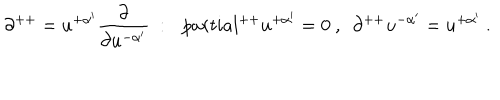
LaTeX: \partial ^ { + + } = u ^ { + \alpha ^ { \prime } } { \frac { \partial } { \partial u ^ { - \alpha ^ { \prime } } } } \ : \ \ \, p a r t i a l ^ { + + } u ^ { + \alpha ^ { \prime } } = 0 \ , \ \ \partial ^ { + + } u ^ { - \alpha ^ { \prime } } = u ^ { + \alpha ^ { \prime } } \ .